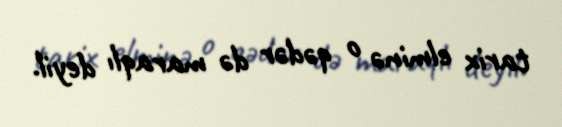
tarix elminə o qədər də maraqlı deyil.